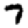
Digit: 7